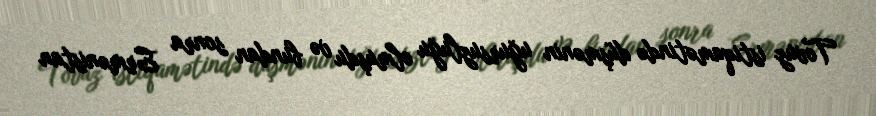
Tovuz istiqamətində düşmənin uğursuzluğu olmuşdu və bundan sonra Ermənistan